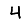
Digit: 4